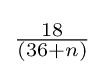
{\textstyle {\frac {18}{(36+n)}}}